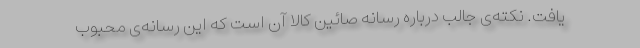
یافت. نکته‌ی جالب درباره رسانه صائین کالا آن است که این رسانه‌ی محبوب